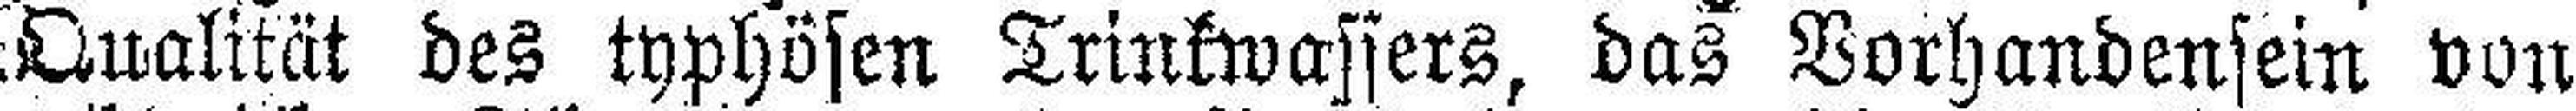
Qualität des typhösen Trinkwassers, das Vorhandensein von